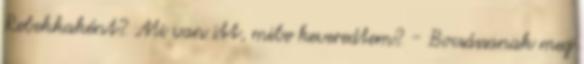
Rebekkaként? Mi van itt, mibe keveredtem? - Bocsássanak meg